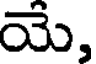
యే,